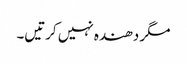
مگر دھندہ نہیں کرتیں۔